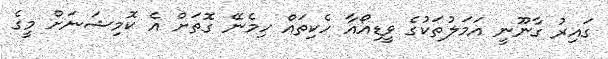
ގައިރު ގާނޫނީ އަމަލުތަކުގެ ވީޑިއޯއާ ހެކިތައް ހިމެނޭ ގޮތަށް އެ ކޮމިޝަނަށް މީގެ